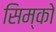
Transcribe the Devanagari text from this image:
सिम्को